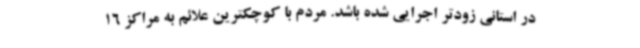
در استانی زودتر اجرایی شده باشد. مردم با کوچکترین علائم به مراکز 16